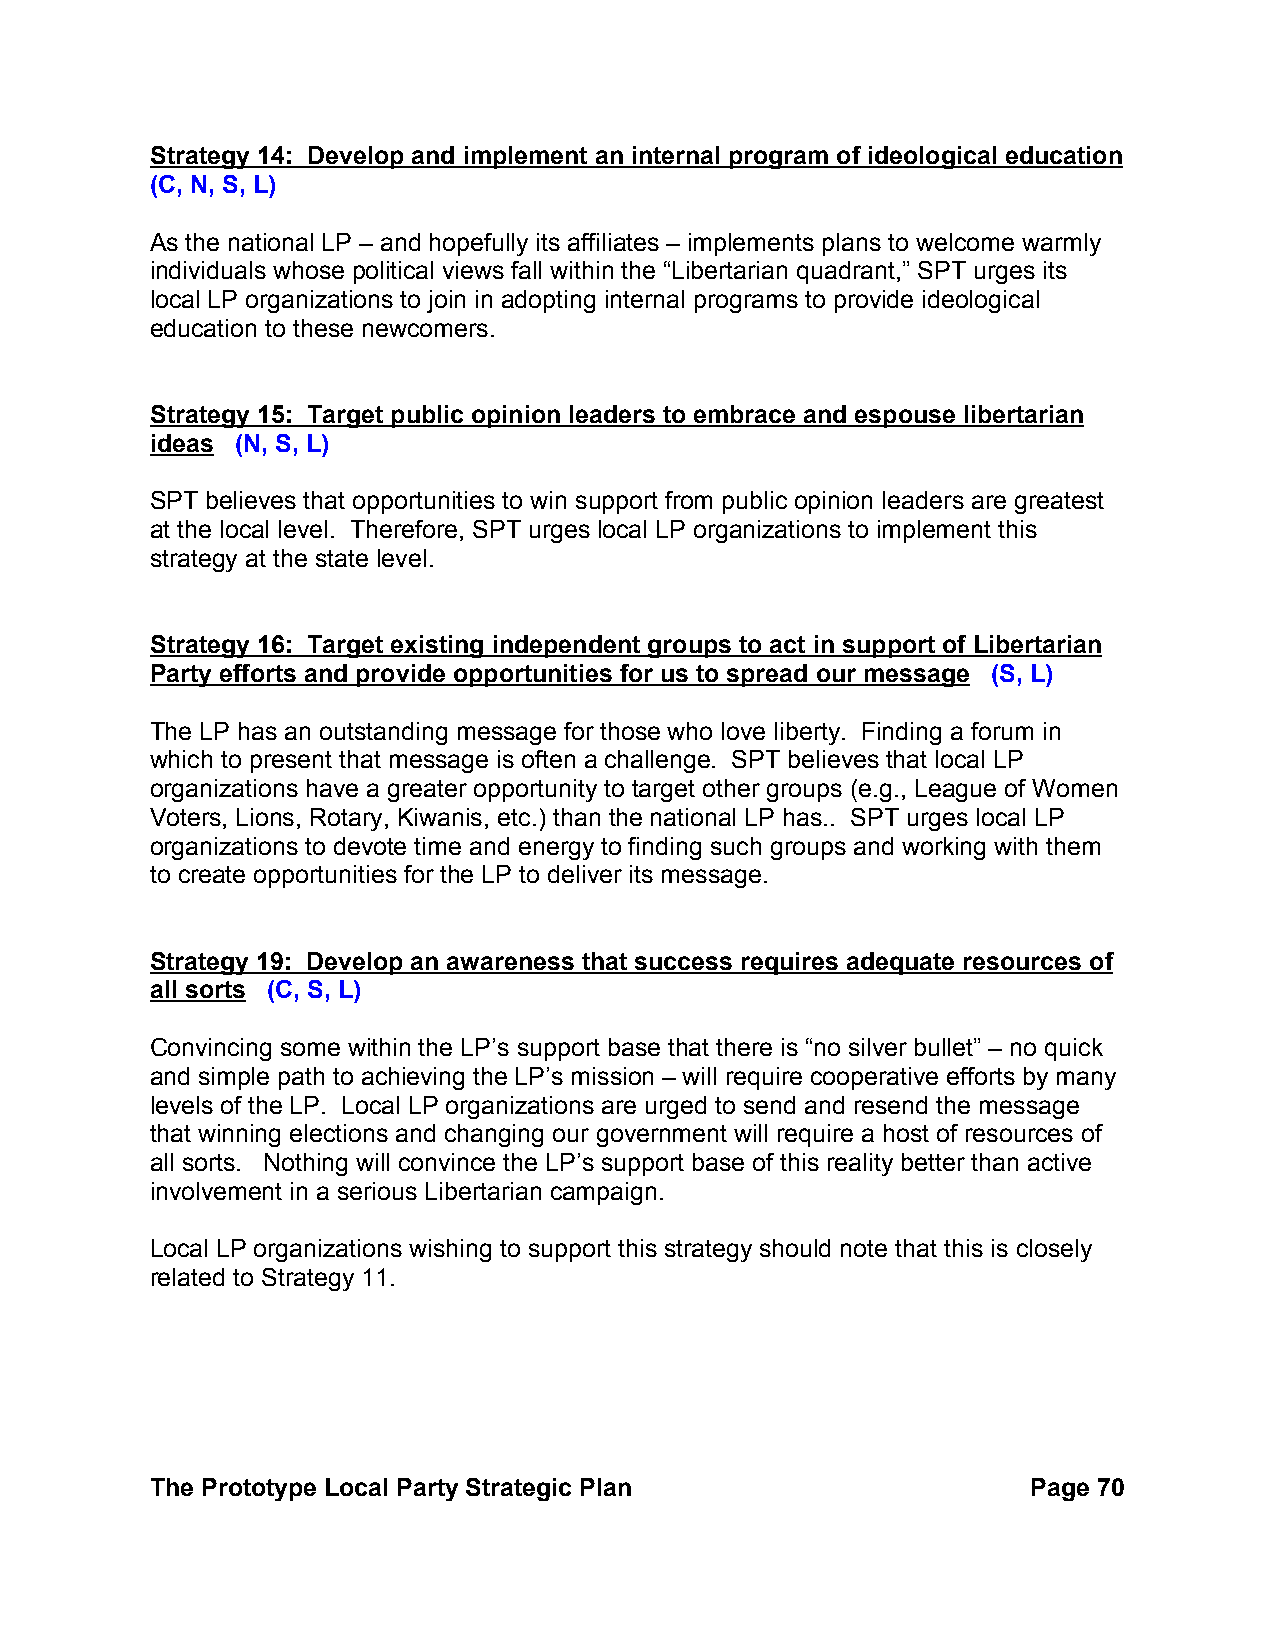
Strategy 14: Develop and implement an internal program of ideological education
 (C, N, S, L)
 As the national LP – and hopefully its affiliates – implements plans to welcome warmly
 individuals whose political views fall within the “Libertarian quadrant,” SPT urges its
 local LP organizations to join in adopting internal programs to provide ideological
 education to these newcomers.
 Strategy 15: Target public opinion leaders to embrace and espouse libertarian
 ideas (N, S, L)
 SPT believes that opportunities to win support from public opinion leaders are greatest
 at the local level. Therefore, SPT urges local LP organizations to implement this
 strategy at the state level.
 Strategy 16: Target existing independent groups to act in support of Libertarian
 Party efforts and provide opportunities for us to spread our message (S, L)
 The LP has an outstanding message for those who love liberty. Finding a forum in
 which to present that message is often a challenge. SPT believes that local LP
 organizations have a greater opportunity to target other groups (e.g., League of Women
 Voters, Lions, Rotary, Kiwanis, etc.) than the national LP has.. SPT urges local LP
 organizations to devote time and energy to finding such groups and working with them
 to create opportunities for the LP to deliver its message.
 Strategy 19: Develop an awareness that success requires adequate resources of
 all sorts (C, S, L)
 Convincing some within the LP’s support base that there is “no silver bullet” – no quick
 and simple path to achieving the LP’s mission – will require cooperative efforts by many
 levels of the LP. Local LP organizations are urged to send and resend the message
 that winning elections and changing our government will require a host of resources of
 all sorts. Nothing will convince the LP’s support base of this reality better than active
 involvement in a serious Libertarian campaign.
 Local LP organizations wishing to support this strategy should note that this is closely
 related to Strategy 11.
 The Prototype Local Party Strategic Plan                  Page 70